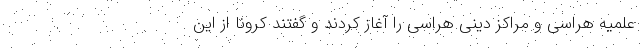
علمیه هراسی و مراکز دینی هراسی را آغاز کردند و گفتند کرونا از این